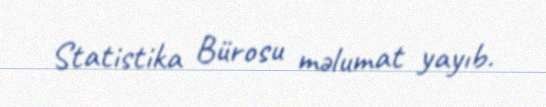
Statistika Bürosu məlumat yayıb.